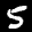
Label: 5